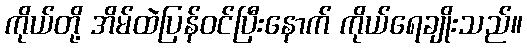
ကိုယ်တို့ အိမ်ထဲပြန်ဝင်ပြီးနောက် ကိုယ်ရေချိုးသည်။